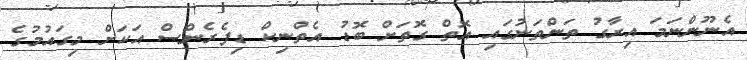
އެނޫންނަމަ އިރާގު ތަންތަނުގައި އޮތް ގޮތަށް ބޮޑު އެތްނިކް ޑިފެރެންސް އަކަށް މިގައުމުގެ